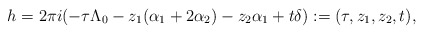
\begin{align*}h=2\pi i (-\tau \Lambda_0 - z_1 (\alpha_1+2\alpha_2) - z_2 \alpha_1 + t \delta) :=(\tau, z_1, z_2, t),\end{align*}